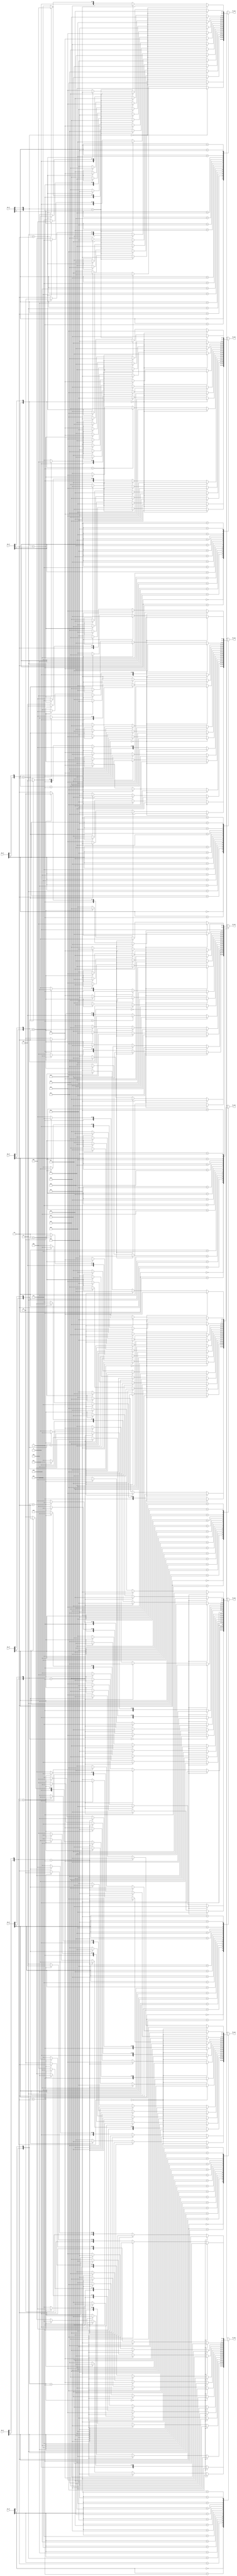
module LUT(
input   [5:0] S0_in,
input   [5:0] S1_in,
input   [5:0] S2_in,
input   [5:0] S3_in,
input   [5:0] S4_in,
input   [5:0] S5_in,
input   [5:0] S6_in,
input   [5:0] S7_in,
output  [3:0] S0_out,
output  [3:0] S1_out,
output  [3:0] S2_out,
output  [3:0] S3_out,
output  [3:0] S4_out,
output  [3:0] S5_out,
output  [3:0] S6_out,
output  [3:0] S7_out);

reg     [3:0] S0_out_r;
reg     [3:0] S1_out_r;
reg     [3:0] S2_out_r;
reg     [3:0] S3_out_r;
reg     [3:0] S4_out_r;
reg     [3:0] S5_out_r;
reg     [3:0] S6_out_r;
reg     [3:0] S7_out_r;

assign S0_out = S0_out_r;
assign S1_out = S1_out_r;
assign S2_out = S2_out_r;
assign S3_out = S3_out_r;
assign S4_out = S4_out_r;
assign S5_out = S5_out_r;
assign S6_out = S6_out_r;
assign S7_out = S7_out_r;

always @(*) begin
	case(S0_in[4:1])
		0: begin
			if({S0_in[5] ,S0_in[0]} == 2'b00) begin
				S0_out_r = 14;
			end
			else if({S0_in[5] ,S0_in[0]} == 2'b01) begin
				S0_out_r = 0;
			end
			else if({S0_in[5] ,S0_in[0]} == 2'b10) begin
				S0_out_r = 4;
			end
			else begin
				S0_out_r = 15;
			end
		end
		1: begin
			if({S0_in[5] ,S0_in[0]} == 2'b00) begin
				S0_out_r = 4;
			end
			else if({S0_in[5] ,S0_in[0]} == 2'b01) begin
				S0_out_r = 15;
			end
			else if({S0_in[5] ,S0_in[0]} == 2'b10) begin
				S0_out_r = 1;
			end
			else begin
				S0_out_r = 12;
			end
		end
		2: begin
			if({S0_in[5] ,S0_in[0]} == 2'b00) begin
				S0_out_r = 13;
			end
			else if({S0_in[5] ,S0_in[0]} == 2'b01) begin
				S0_out_r = 7;
			end
			else if({S0_in[5] ,S0_in[0]} == 2'b10) begin
				S0_out_r = 14;
			end
			else begin
				S0_out_r = 8;
			end
		end
		3: begin
			if({S0_in[5] ,S0_in[0]} == 2'b00) begin
				S0_out_r = 1;
			end
			else if({S0_in[5] ,S0_in[0]} == 2'b01) begin
				S0_out_r = 4;
			end
			else if({S0_in[5] ,S0_in[0]} == 2'b10) begin
				S0_out_r = 8;
			end
			else begin
				S0_out_r = 2;
			end
		end
		4: begin
			if({S0_in[5] ,S0_in[0]} == 2'b00) begin
				S0_out_r = 2;
			end
			else if({S0_in[5] ,S0_in[0]} == 2'b01) begin
				S0_out_r = 14;
			end
			else if({S0_in[5] ,S0_in[0]} == 2'b10) begin
				S0_out_r = 13;
			end
			else begin
				S0_out_r = 4;
			end
		end
		5: begin
			if({S0_in[5] ,S0_in[0]} == 2'b00) begin
				S0_out_r = 15;
			end
			else if({S0_in[5] ,S0_in[0]} == 2'b01) begin
				S0_out_r = 2;
			end
			else if({S0_in[5] ,S0_in[0]} == 2'b10) begin
				S0_out_r = 6;
			end
			else begin
				S0_out_r = 9;
			end
		end
		6: begin
			if({S0_in[5] ,S0_in[0]} == 2'b00) begin
				S0_out_r = 11;
			end
			else if({S0_in[5] ,S0_in[0]} == 2'b01) begin
				S0_out_r = 13;
			end
			else if({S0_in[5] ,S0_in[0]} == 2'b10) begin
				S0_out_r = 2;
			end
			else begin
				S0_out_r = 1;
			end
		end
		7: begin
			if({S0_in[5] ,S0_in[0]} == 2'b00) begin
				S0_out_r = 8;
			end
			else if({S0_in[5] ,S0_in[0]} == 2'b01) begin
				S0_out_r = 1;
			end
			else if({S0_in[5] ,S0_in[0]} == 2'b10) begin
				S0_out_r = 11;
			end
			else begin
				S0_out_r = 7;
			end
		end
		8: begin
			if({S0_in[5] ,S0_in[0]} == 2'b00) begin
				S0_out_r = 3;
			end
			else if({S0_in[5] ,S0_in[0]} == 2'b01) begin
				S0_out_r = 10;
			end
			else if({S0_in[5] ,S0_in[0]} == 2'b10) begin
				S0_out_r = 15;
			end
			else begin
				S0_out_r = 5;
			end
		end
		9: begin
			if({S0_in[5] ,S0_in[0]} == 2'b00) begin
				S0_out_r = 10;
			end
			else if({S0_in[5] ,S0_in[0]} == 2'b01) begin
				S0_out_r = 6;
			end
			else if({S0_in[5] ,S0_in[0]} == 2'b10) begin
				S0_out_r = 12;
			end
			else begin
				S0_out_r = 11;
			end
		end
		10: begin
			if({S0_in[5] ,S0_in[0]} == 2'b00) begin
				S0_out_r = 6;
			end
			else if({S0_in[5] ,S0_in[0]} == 2'b01) begin
				S0_out_r = 12;
			end
			else if({S0_in[5] ,S0_in[0]} == 2'b10) begin
				S0_out_r = 9;
			end
			else begin
				S0_out_r = 3;
			end
		end
		11: begin
			if({S0_in[5] ,S0_in[0]} == 2'b00) begin
				S0_out_r = 12;
			end
			else if({S0_in[5] ,S0_in[0]} == 2'b01) begin
				S0_out_r = 11;
			end
			else if({S0_in[5] ,S0_in[0]} == 2'b10) begin
				S0_out_r = 7;
			end
			else begin
				S0_out_r = 14;
			end
		end
		12: begin
			if({S0_in[5] ,S0_in[0]} == 2'b00) begin
				S0_out_r = 5;
			end
			else if({S0_in[5] ,S0_in[0]} == 2'b01) begin
				S0_out_r = 9;
			end
			else if({S0_in[5] ,S0_in[0]} == 2'b10) begin
				S0_out_r = 3;
			end
			else begin
				S0_out_r = 10;
			end
		end
		13: begin
			if({S0_in[5] ,S0_in[0]} == 2'b00) begin
				S0_out_r = 9;
			end
			else if({S0_in[5] ,S0_in[0]} == 2'b01) begin
				S0_out_r = 5;
			end
			else if({S0_in[5] ,S0_in[0]} == 2'b10) begin
				S0_out_r = 10;
			end
			else begin
				S0_out_r = 0;
			end
		end
		14: begin
			if({S0_in[5] ,S0_in[0]} == 2'b00) begin
				S0_out_r = 0;
			end
			else if({S0_in[5] ,S0_in[0]} == 2'b01) begin
				S0_out_r = 3;
			end
			else if({S0_in[5] ,S0_in[0]} == 2'b10) begin
				S0_out_r = 5;
			end
			else begin
				S0_out_r = 6;
			end
		end
		15: begin
			if({S0_in[5] ,S0_in[0]} == 2'b00) begin
				S0_out_r = 7;
			end
			else if({S0_in[5] ,S0_in[0]} == 2'b01) begin
				S0_out_r = 8;
			end
			else if({S0_in[5] ,S0_in[0]} == 2'b10) begin
				S0_out_r = 0;
			end
			else begin
				S0_out_r = 13;
			end
		end
		default: begin
			S0_out_r = 0;
		end
	endcase
end

always @(*) begin
	case(S1_in[4:1])
		0: begin
			if({S1_in[5] ,S1_in[0]} == 2'b00) begin
				S1_out_r = 15;
			end
			else if({S1_in[5] ,S1_in[0]} == 2'b01) begin
				S1_out_r = 3;
			end
			else if({S1_in[5] ,S1_in[0]} == 2'b10) begin
				S1_out_r = 0;
			end
			else begin
				S1_out_r = 13;
			end
		end
		1: begin
			if({S1_in[5] ,S1_in[0]} == 2'b00) begin
				S1_out_r = 1;
			end
			else if({S1_in[5] ,S1_in[0]} == 2'b01) begin
				S1_out_r = 13;
			end
			else if({S1_in[5] ,S1_in[0]} == 2'b10) begin
				S1_out_r = 14;
			end
			else begin
				S1_out_r = 8;
			end
		end
		2: begin
			if({S1_in[5] ,S1_in[0]} == 2'b00) begin
				S1_out_r = 8;
			end
			else if({S1_in[5] ,S1_in[0]} == 2'b01) begin
				S1_out_r = 4;
			end
			else if({S1_in[5] ,S1_in[0]} == 2'b10) begin
				S1_out_r = 7;
			end
			else begin
				S1_out_r = 10;
			end
		end
		3: begin
			if({S1_in[5] ,S1_in[0]} == 2'b00) begin
				S1_out_r = 14;
			end
			else if({S1_in[5] ,S1_in[0]} == 2'b01) begin
				S1_out_r = 7;
			end
			else if({S1_in[5] ,S1_in[0]} == 2'b10) begin
				S1_out_r = 11;
			end
			else begin
				S1_out_r = 1;
			end
		end
		4: begin
			if({S1_in[5] ,S1_in[0]} == 2'b00) begin
				S1_out_r = 6;
			end
			else if({S1_in[5] ,S1_in[0]} == 2'b01) begin
				S1_out_r = 15;
			end
			else if({S1_in[5] ,S1_in[0]} == 2'b10) begin
				S1_out_r = 10;
			end
			else begin
				S1_out_r = 3;
			end
		end
		5: begin
			if({S1_in[5] ,S1_in[0]} == 2'b00) begin
				S1_out_r = 11;
			end
			else if({S1_in[5] ,S1_in[0]} == 2'b01) begin
				S1_out_r = 2;
			end
			else if({S1_in[5] ,S1_in[0]} == 2'b10) begin
				S1_out_r = 4;
			end
			else begin
				S1_out_r = 15;
			end
		end
		6: begin
			if({S1_in[5] ,S1_in[0]} == 2'b00) begin
				S1_out_r = 3;
			end
			else if({S1_in[5] ,S1_in[0]} == 2'b01) begin
				S1_out_r = 8;
			end
			else if({S1_in[5] ,S1_in[0]} == 2'b10) begin
				S1_out_r = 13;
			end
			else begin
				S1_out_r = 4;
			end
		end
		7: begin
			if({S1_in[5] ,S1_in[0]} == 2'b00) begin
				S1_out_r = 4;
			end
			else if({S1_in[5] ,S1_in[0]} == 2'b01) begin
				S1_out_r = 14;
			end
			else if({S1_in[5] ,S1_in[0]} == 2'b10) begin
				S1_out_r = 1;
			end
			else begin
				S1_out_r = 2;
			end
		end
		8: begin
			if({S1_in[5] ,S1_in[0]} == 2'b00) begin
				S1_out_r = 9;
			end
			else if({S1_in[5] ,S1_in[0]} == 2'b01) begin
				S1_out_r = 12;
			end
			else if({S1_in[5] ,S1_in[0]} == 2'b10) begin
				S1_out_r = 5;
			end
			else begin
				S1_out_r = 11;
			end
		end
		9: begin
			if({S1_in[5] ,S1_in[0]} == 2'b00) begin
				S1_out_r = 7;
			end
			else if({S1_in[5] ,S1_in[0]} == 2'b01) begin
				S1_out_r = 0;
			end
			else if({S1_in[5] ,S1_in[0]} == 2'b10) begin
				S1_out_r = 8;
			end
			else begin
				S1_out_r = 6;
			end
		end
		10: begin
			if({S1_in[5] ,S1_in[0]} == 2'b00) begin
				S1_out_r = 2;
			end
			else if({S1_in[5] ,S1_in[0]} == 2'b01) begin
				S1_out_r = 1;
			end
			else if({S1_in[5] ,S1_in[0]} == 2'b10) begin
				S1_out_r = 12;
			end
			else begin
				S1_out_r = 7;
			end
		end
		11: begin
			if({S1_in[5] ,S1_in[0]} == 2'b00) begin
				S1_out_r = 13;
			end
			else if({S1_in[5] ,S1_in[0]} == 2'b01) begin
				S1_out_r = 10;
			end
			else if({S1_in[5] ,S1_in[0]} == 2'b10) begin
				S1_out_r = 6;
			end
			else begin
				S1_out_r = 12;
			end
		end
		12: begin
			if({S1_in[5] ,S1_in[0]} == 2'b00) begin
				S1_out_r = 12;
			end
			else if({S1_in[5] ,S1_in[0]} == 2'b01) begin
				S1_out_r = 6;
			end
			else if({S1_in[5] ,S1_in[0]} == 2'b10) begin
				S1_out_r = 9;
			end
			else begin
				S1_out_r = 0;
			end
		end
		13: begin
			if({S1_in[5] ,S1_in[0]} == 2'b00) begin
				S1_out_r = 0;
			end
			else if({S1_in[5] ,S1_in[0]} == 2'b01) begin
				S1_out_r = 9;
			end
			else if({S1_in[5] ,S1_in[0]} == 2'b10) begin
				S1_out_r = 3;
			end
			else begin
				S1_out_r = 5;
			end
		end
		14: begin
			if({S1_in[5] ,S1_in[0]} == 2'b00) begin
				S1_out_r = 5;
			end
			else if({S1_in[5] ,S1_in[0]} == 2'b01) begin
				S1_out_r = 11;
			end
			else if({S1_in[5] ,S1_in[0]} == 2'b10) begin
				S1_out_r = 2;
			end
			else begin
				S1_out_r = 14;
			end
		end
		15: begin
			if({S1_in[5] ,S1_in[0]} == 2'b00) begin
				S1_out_r = 10;
			end
			else if({S1_in[5] ,S1_in[0]} == 2'b01) begin
				S1_out_r = 5;
			end
			else if({S1_in[5] ,S1_in[0]} == 2'b10) begin
				S1_out_r = 15;
			end
			else begin
				S1_out_r = 9;
			end
		end
		default: begin
			S1_out_r = 0;
		end
	endcase
end

always @(*) begin
	case(S2_in[4:1])
		0: begin
			if({S2_in[5] ,S2_in[0]} == 2'b00) begin
				S2_out_r = 10;
			end
			else if({S2_in[5] ,S2_in[0]} == 2'b01) begin
				S2_out_r = 13;
			end
			else if({S2_in[5] ,S2_in[0]} == 2'b10) begin
				S2_out_r = 13;
			end
			else begin
				S2_out_r = 1;
			end
		end
		1: begin
			if({S2_in[5] ,S2_in[0]} == 2'b00) begin
				S2_out_r = 0;
			end
			else if({S2_in[5] ,S2_in[0]} == 2'b01) begin
				S2_out_r = 7;
			end
			else if({S2_in[5] ,S2_in[0]} == 2'b10) begin
				S2_out_r = 6;
			end
			else begin
				S2_out_r = 10;
			end
		end
		2: begin
			if({S2_in[5] ,S2_in[0]} == 2'b00) begin
				S2_out_r = 9;
			end
			else if({S2_in[5] ,S2_in[0]} == 2'b01) begin
				S2_out_r = 0;
			end
			else if({S2_in[5] ,S2_in[0]} == 2'b10) begin
				S2_out_r = 4;
			end
			else begin
				S2_out_r = 13;
			end
		end
		3: begin
			if({S2_in[5] ,S2_in[0]} == 2'b00) begin
				S2_out_r = 14;
			end
			else if({S2_in[5] ,S2_in[0]} == 2'b01) begin
				S2_out_r = 9;
			end
			else if({S2_in[5] ,S2_in[0]} == 2'b10) begin
				S2_out_r = 9;
			end
			else begin
				S2_out_r = 0;
			end
		end
		4: begin
			if({S2_in[5] ,S2_in[0]} == 2'b00) begin
				S2_out_r = 6;
			end
			else if({S2_in[5] ,S2_in[0]} == 2'b01) begin
				S2_out_r = 3;
			end
			else if({S2_in[5] ,S2_in[0]} == 2'b10) begin
				S2_out_r = 8;
			end
			else begin
				S2_out_r = 6;
			end
		end
		5: begin
			if({S2_in[5] ,S2_in[0]} == 2'b00) begin
				S2_out_r = 3;
			end
			else if({S2_in[5] ,S2_in[0]} == 2'b01) begin
				S2_out_r = 4;
			end
			else if({S2_in[5] ,S2_in[0]} == 2'b10) begin
				S2_out_r = 15;
			end
			else begin
				S2_out_r = 9;
			end
		end
		6: begin
			if({S2_in[5] ,S2_in[0]} == 2'b00) begin
				S2_out_r = 15;
			end
			else if({S2_in[5] ,S2_in[0]} == 2'b01) begin
				S2_out_r = 6;
			end
			else if({S2_in[5] ,S2_in[0]} == 2'b10) begin
				S2_out_r = 3;
			end
			else begin
				S2_out_r = 8;
			end
		end
		7: begin
			if({S2_in[5] ,S2_in[0]} == 2'b00) begin
				S2_out_r = 5;
			end
			else if({S2_in[5] ,S2_in[0]} == 2'b01) begin
				S2_out_r = 10;
			end
			else if({S2_in[5] ,S2_in[0]} == 2'b10) begin
				S2_out_r = 0;
			end
			else begin
				S2_out_r = 7;
			end
		end
		8: begin
			if({S2_in[5] ,S2_in[0]} == 2'b00) begin
				S2_out_r = 1;
			end
			else if({S2_in[5] ,S2_in[0]} == 2'b01) begin
				S2_out_r = 2;
			end
			else if({S2_in[5] ,S2_in[0]} == 2'b10) begin
				S2_out_r = 11;
			end
			else begin
				S2_out_r = 4;
			end
		end
		9: begin
			if({S2_in[5] ,S2_in[0]} == 2'b00) begin
				S2_out_r = 13;
			end
			else if({S2_in[5] ,S2_in[0]} == 2'b01) begin
				S2_out_r = 8;
			end
			else if({S2_in[5] ,S2_in[0]} == 2'b10) begin
				S2_out_r = 1;
			end
			else begin
				S2_out_r = 15;
			end
		end
		10: begin
			if({S2_in[5] ,S2_in[0]} == 2'b00) begin
				S2_out_r = 12;
			end
			else if({S2_in[5] ,S2_in[0]} == 2'b01) begin
				S2_out_r = 5;
			end
			else if({S2_in[5] ,S2_in[0]} == 2'b10) begin
				S2_out_r = 2;
			end
			else begin
				S2_out_r = 14;
			end
		end
		11: begin
			if({S2_in[5] ,S2_in[0]} == 2'b00) begin
				S2_out_r = 7;
			end
			else if({S2_in[5] ,S2_in[0]} == 2'b01) begin
				S2_out_r = 14;
			end
			else if({S2_in[5] ,S2_in[0]} == 2'b10) begin
				S2_out_r = 12;
			end
			else begin
				S2_out_r = 3;
			end
		end
		12: begin
			if({S2_in[5] ,S2_in[0]} == 2'b00) begin
				S2_out_r = 11;
			end
			else if({S2_in[5] ,S2_in[0]} == 2'b01) begin
				S2_out_r = 12;
			end
			else if({S2_in[5] ,S2_in[0]} == 2'b10) begin
				S2_out_r = 5;
			end
			else begin
				S2_out_r = 11;
			end
		end
		13: begin
			if({S2_in[5] ,S2_in[0]} == 2'b00) begin
				S2_out_r = 4;
			end
			else if({S2_in[5] ,S2_in[0]} == 2'b01) begin
				S2_out_r = 11;
			end
			else if({S2_in[5] ,S2_in[0]} == 2'b10) begin
				S2_out_r = 10;
			end
			else begin
				S2_out_r = 5;
			end
		end
		14: begin
			if({S2_in[5] ,S2_in[0]} == 2'b00) begin
				S2_out_r = 2;
			end
			else if({S2_in[5] ,S2_in[0]} == 2'b01) begin
				S2_out_r = 15;
			end
			else if({S2_in[5] ,S2_in[0]} == 2'b10) begin
				S2_out_r = 14;
			end
			else begin
				S2_out_r = 2;
			end
		end
		15: begin
			if({S2_in[5] ,S2_in[0]} == 2'b00) begin
				S2_out_r = 8;
			end
			else if({S2_in[5] ,S2_in[0]} == 2'b01) begin
				S2_out_r = 1;
			end
			else if({S2_in[5] ,S2_in[0]} == 2'b10) begin
				S2_out_r = 7;
			end
			else begin
				S2_out_r = 12;
			end
		end
		default: begin
			S2_out_r = 0;
		end
	endcase
end

always @(*) begin
	case(S3_in[4:1])
		0: begin
			if({S3_in[5] ,S3_in[0]} == 2'b00) begin
				S3_out_r = 7;
			end
			else if({S3_in[5] ,S3_in[0]} == 2'b01) begin
				S3_out_r = 13;
			end
			else if({S3_in[5] ,S3_in[0]} == 2'b10) begin
				S3_out_r = 10;
			end
			else begin
				S3_out_r = 3;
			end
		end
		1: begin
			if({S3_in[5] ,S3_in[0]} == 2'b00) begin
				S3_out_r = 13;
			end
			else if({S3_in[5] ,S3_in[0]} == 2'b01) begin
				S3_out_r = 8;
			end
			else if({S3_in[5] ,S3_in[0]} == 2'b10) begin
				S3_out_r = 6;
			end
			else begin
				S3_out_r = 15;
			end
		end
		2: begin
			if({S3_in[5] ,S3_in[0]} == 2'b00) begin
				S3_out_r = 14;
			end
			else if({S3_in[5] ,S3_in[0]} == 2'b01) begin
				S3_out_r = 11;
			end
			else if({S3_in[5] ,S3_in[0]} == 2'b10) begin
				S3_out_r = 9;
			end
			else begin
				S3_out_r = 0;
			end
		end
		3: begin
			if({S3_in[5] ,S3_in[0]} == 2'b00) begin
				S3_out_r = 3;
			end
			else if({S3_in[5] ,S3_in[0]} == 2'b01) begin
				S3_out_r = 5;
			end
			else if({S3_in[5] ,S3_in[0]} == 2'b10) begin
				S3_out_r = 0;
			end
			else begin
				S3_out_r = 6;
			end
		end
		4: begin
			if({S3_in[5] ,S3_in[0]} == 2'b00) begin
				S3_out_r = 0;
			end
			else if({S3_in[5] ,S3_in[0]} == 2'b01) begin
				S3_out_r = 6;
			end
			else if({S3_in[5] ,S3_in[0]} == 2'b10) begin
				S3_out_r = 12;
			end
			else begin
				S3_out_r = 10;
			end
		end
		5: begin
			if({S3_in[5] ,S3_in[0]} == 2'b00) begin
				S3_out_r = 6;
			end
			else if({S3_in[5] ,S3_in[0]} == 2'b01) begin
				S3_out_r = 15;
			end
			else if({S3_in[5] ,S3_in[0]} == 2'b10) begin
				S3_out_r = 11;
			end
			else begin
				S3_out_r = 1;
			end
		end
		6: begin
			if({S3_in[5] ,S3_in[0]} == 2'b00) begin
				S3_out_r = 9;
			end
			else if({S3_in[5] ,S3_in[0]} == 2'b01) begin
				S3_out_r = 0;
			end
			else if({S3_in[5] ,S3_in[0]} == 2'b10) begin
				S3_out_r = 7;
			end
			else begin
				S3_out_r = 13;
			end
		end
		7: begin
			if({S3_in[5] ,S3_in[0]} == 2'b00) begin
				S3_out_r = 10;
			end
			else if({S3_in[5] ,S3_in[0]} == 2'b01) begin
				S3_out_r = 3;
			end
			else if({S3_in[5] ,S3_in[0]} == 2'b10) begin
				S3_out_r = 13;
			end
			else begin
				S3_out_r = 8;
			end
		end
		8: begin
			if({S3_in[5] ,S3_in[0]} == 2'b00) begin
				S3_out_r = 1;
			end
			else if({S3_in[5] ,S3_in[0]} == 2'b01) begin
				S3_out_r = 4;
			end
			else if({S3_in[5] ,S3_in[0]} == 2'b10) begin
				S3_out_r = 15;
			end
			else begin
				S3_out_r = 9;
			end
		end
		9: begin
			if({S3_in[5] ,S3_in[0]} == 2'b00) begin
				S3_out_r = 2;
			end
			else if({S3_in[5] ,S3_in[0]} == 2'b01) begin
				S3_out_r = 7;
			end
			else if({S3_in[5] ,S3_in[0]} == 2'b10) begin
				S3_out_r = 1;
			end
			else begin
				S3_out_r = 4;
			end
		end
		10: begin
			if({S3_in[5] ,S3_in[0]} == 2'b00) begin
				S3_out_r = 8;
			end
			else if({S3_in[5] ,S3_in[0]} == 2'b01) begin
				S3_out_r = 2;
			end
			else if({S3_in[5] ,S3_in[0]} == 2'b10) begin
				S3_out_r = 3;
			end
			else begin
				S3_out_r = 5;
			end
		end
		11: begin
			if({S3_in[5] ,S3_in[0]} == 2'b00) begin
				S3_out_r = 5;
			end
			else if({S3_in[5] ,S3_in[0]} == 2'b01) begin
				S3_out_r = 12;
			end
			else if({S3_in[5] ,S3_in[0]} == 2'b10) begin
				S3_out_r = 14;
			end
			else begin
				S3_out_r = 11;
			end
		end
		12: begin
			if({S3_in[5] ,S3_in[0]} == 2'b00) begin
				S3_out_r = 11;
			end
			else if({S3_in[5] ,S3_in[0]} == 2'b01) begin
				S3_out_r = 1;
			end
			else if({S3_in[5] ,S3_in[0]} == 2'b10) begin
				S3_out_r = 5;
			end
			else begin
				S3_out_r = 12;
			end
		end
		13: begin
			if({S3_in[5] ,S3_in[0]} == 2'b00) begin
				S3_out_r = 12;
			end
			else if({S3_in[5] ,S3_in[0]} == 2'b01) begin
				S3_out_r = 10;
			end
			else if({S3_in[5] ,S3_in[0]} == 2'b10) begin
				S3_out_r = 2;
			end
			else begin
				S3_out_r = 7;
			end
		end
		14: begin
			if({S3_in[5] ,S3_in[0]} == 2'b00) begin
				S3_out_r = 4;
			end
			else if({S3_in[5] ,S3_in[0]} == 2'b01) begin
				S3_out_r = 14;
			end
			else if({S3_in[5] ,S3_in[0]} == 2'b10) begin
				S3_out_r = 8;
			end
			else begin
				S3_out_r = 2;
			end
		end
		15: begin
			if({S3_in[5] ,S3_in[0]} == 2'b00) begin
				S3_out_r = 15;
			end
			else if({S3_in[5] ,S3_in[0]} == 2'b01) begin
				S3_out_r = 9;
			end
			else if({S3_in[5] ,S3_in[0]} == 2'b10) begin
				S3_out_r = 4;
			end
			else begin
				S3_out_r = 14;
			end
		end
		default: begin
			S3_out_r = 0;
		end
	endcase
end

always @(*) begin
	case(S4_in[4:1])
		0: begin
			if({S4_in[5] ,S4_in[0]} == 2'b00) begin
				S4_out_r = 2;
			end
			else if({S4_in[5] ,S4_in[0]} == 2'b01) begin
				S4_out_r = 14;
			end
			else if({S4_in[5] ,S4_in[0]} == 2'b10) begin
				S4_out_r = 4;
			end
			else begin
				S4_out_r = 11;
			end
		end
		1: begin
			if({S4_in[5] ,S4_in[0]} == 2'b00) begin
				S4_out_r = 12;
			end
			else if({S4_in[5] ,S4_in[0]} == 2'b01) begin
				S4_out_r = 11;
			end
			else if({S4_in[5] ,S4_in[0]} == 2'b10) begin
				S4_out_r = 2;
			end
			else begin
				S4_out_r = 8;
			end
		end
		2: begin
			if({S4_in[5] ,S4_in[0]} == 2'b00) begin
				S4_out_r = 4;
			end
			else if({S4_in[5] ,S4_in[0]} == 2'b01) begin
				S4_out_r = 2;
			end
			else if({S4_in[5] ,S4_in[0]} == 2'b10) begin
				S4_out_r = 1;
			end
			else begin
				S4_out_r = 12;
			end
		end
		3: begin
			if({S4_in[5] ,S4_in[0]} == 2'b00) begin
				S4_out_r = 1;
			end
			else if({S4_in[5] ,S4_in[0]} == 2'b01) begin
				S4_out_r = 12;
			end
			else if({S4_in[5] ,S4_in[0]} == 2'b10) begin
				S4_out_r = 11;
			end
			else begin
				S4_out_r = 7;
			end
		end
		4: begin
			if({S4_in[5] ,S4_in[0]} == 2'b00) begin
				S4_out_r = 7;
			end
			else if({S4_in[5] ,S4_in[0]} == 2'b01) begin
				S4_out_r = 4;
			end
			else if({S4_in[5] ,S4_in[0]} == 2'b10) begin
				S4_out_r = 10;
			end
			else begin
				S4_out_r = 1;
			end
		end
		5: begin
			if({S4_in[5] ,S4_in[0]} == 2'b00) begin
				S4_out_r = 10;
			end
			else if({S4_in[5] ,S4_in[0]} == 2'b01) begin
				S4_out_r = 7;
			end
			else if({S4_in[5] ,S4_in[0]} == 2'b10) begin
				S4_out_r = 13;
			end
			else begin
				S4_out_r = 14;
			end
		end
		6: begin
			if({S4_in[5] ,S4_in[0]} == 2'b00) begin
				S4_out_r = 11;
			end
			else if({S4_in[5] ,S4_in[0]} == 2'b01) begin
				S4_out_r = 13;
			end
			else if({S4_in[5] ,S4_in[0]} == 2'b10) begin
				S4_out_r = 7;
			end
			else begin
				S4_out_r = 2;
			end
		end
		7: begin
			if({S4_in[5] ,S4_in[0]} == 2'b00) begin
				S4_out_r = 6;
			end
			else if({S4_in[5] ,S4_in[0]} == 2'b01) begin
				S4_out_r = 1;
			end
			else if({S4_in[5] ,S4_in[0]} == 2'b10) begin
				S4_out_r = 8;
			end
			else begin
				S4_out_r = 13;
			end
		end
		8: begin
			if({S4_in[5] ,S4_in[0]} == 2'b00) begin
				S4_out_r = 8;
			end
			else if({S4_in[5] ,S4_in[0]} == 2'b01) begin
				S4_out_r = 5;
			end
			else if({S4_in[5] ,S4_in[0]} == 2'b10) begin
				S4_out_r = 15;
			end
			else begin
				S4_out_r = 6;
			end
		end
		9: begin
			if({S4_in[5] ,S4_in[0]} == 2'b00) begin
				S4_out_r = 5;
			end
			else if({S4_in[5] ,S4_in[0]} == 2'b01) begin
				S4_out_r = 0;
			end
			else if({S4_in[5] ,S4_in[0]} == 2'b10) begin
				S4_out_r = 9;
			end
			else begin
				S4_out_r = 15;
			end
		end
		10: begin
			if({S4_in[5] ,S4_in[0]} == 2'b00) begin
				S4_out_r = 3;
			end
			else if({S4_in[5] ,S4_in[0]} == 2'b01) begin
				S4_out_r = 15;
			end
			else if({S4_in[5] ,S4_in[0]} == 2'b10) begin
				S4_out_r = 12;
			end
			else begin
				S4_out_r = 0;
			end
		end
		11: begin
			if({S4_in[5] ,S4_in[0]} == 2'b00) begin
				S4_out_r = 15;
			end
			else if({S4_in[5] ,S4_in[0]} == 2'b01) begin
				S4_out_r = 10;
			end
			else if({S4_in[5] ,S4_in[0]} == 2'b10) begin
				S4_out_r = 5;
			end
			else begin
				S4_out_r = 9;
			end
		end
		12: begin
			if({S4_in[5] ,S4_in[0]} == 2'b00) begin
				S4_out_r = 13;
			end
			else if({S4_in[5] ,S4_in[0]} == 2'b01) begin
				S4_out_r = 3;
			end
			else if({S4_in[5] ,S4_in[0]} == 2'b10) begin
				S4_out_r = 6;
			end
			else begin
				S4_out_r = 10;
			end
		end
		13: begin
			if({S4_in[5] ,S4_in[0]} == 2'b00) begin
				S4_out_r = 0;
			end
			else if({S4_in[5] ,S4_in[0]} == 2'b01) begin
				S4_out_r = 9;
			end
			else if({S4_in[5] ,S4_in[0]} == 2'b10) begin
				S4_out_r = 3;
			end
			else begin
				S4_out_r = 4;
			end
		end
		14: begin
			if({S4_in[5] ,S4_in[0]} == 2'b00) begin
				S4_out_r = 14;
			end
			else if({S4_in[5] ,S4_in[0]} == 2'b01) begin
				S4_out_r = 8;
			end
			else if({S4_in[5] ,S4_in[0]} == 2'b10) begin
				S4_out_r = 0;
			end
			else begin
				S4_out_r = 5;
			end
		end
		15: begin
			if({S4_in[5] ,S4_in[0]} == 2'b00) begin
				S4_out_r = 9;
			end
			else if({S4_in[5] ,S4_in[0]} == 2'b01) begin
				S4_out_r = 6;
			end
			else if({S4_in[5] ,S4_in[0]} == 2'b10) begin
				S4_out_r = 14;
			end
			else begin
				S4_out_r = 3;
			end
		end
		default: begin
			S4_out_r = 0;
		end
	endcase
end

always @(*) begin
	case(S5_in[4:1])
		0: begin
			if({S5_in[5] ,S5_in[0]} == 2'b00) begin
				S5_out_r = 12;
			end
			else if({S5_in[5] ,S5_in[0]} == 2'b01) begin
				S5_out_r = 10;
			end
			else if({S5_in[5] ,S5_in[0]} == 2'b10) begin
				S5_out_r = 9;
			end
			else begin
				S5_out_r = 4;
			end
		end
		1: begin
			if({S5_in[5] ,S5_in[0]} == 2'b00) begin
				S5_out_r = 1;
			end
			else if({S5_in[5] ,S5_in[0]} == 2'b01) begin
				S5_out_r = 15;
			end
			else if({S5_in[5] ,S5_in[0]} == 2'b10) begin
				S5_out_r = 14;
			end
			else begin
				S5_out_r = 3;
			end
		end
		2: begin
			if({S5_in[5] ,S5_in[0]} == 2'b00) begin
				S5_out_r = 10;
			end
			else if({S5_in[5] ,S5_in[0]} == 2'b01) begin
				S5_out_r = 4;
			end
			else if({S5_in[5] ,S5_in[0]} == 2'b10) begin
				S5_out_r = 15;
			end
			else begin
				S5_out_r = 2;
			end
		end
		3: begin
			if({S5_in[5] ,S5_in[0]} == 2'b00) begin
				S5_out_r = 15;
			end
			else if({S5_in[5] ,S5_in[0]} == 2'b01) begin
				S5_out_r = 2;
			end
			else if({S5_in[5] ,S5_in[0]} == 2'b10) begin
				S5_out_r = 5;
			end
			else begin
				S5_out_r = 12;
			end
		end
		4: begin
			if({S5_in[5] ,S5_in[0]} == 2'b00) begin
				S5_out_r = 9;
			end
			else if({S5_in[5] ,S5_in[0]} == 2'b01) begin
				S5_out_r = 7;
			end
			else if({S5_in[5] ,S5_in[0]} == 2'b10) begin
				S5_out_r = 2;
			end
			else begin
				S5_out_r = 9;
			end
		end
		5: begin
			if({S5_in[5] ,S5_in[0]} == 2'b00) begin
				S5_out_r = 2;
			end
			else if({S5_in[5] ,S5_in[0]} == 2'b01) begin
				S5_out_r = 12;
			end
			else if({S5_in[5] ,S5_in[0]} == 2'b10) begin
				S5_out_r = 8;
			end
			else begin
				S5_out_r = 5;
			end
		end
		6: begin
			if({S5_in[5] ,S5_in[0]} == 2'b00) begin
				S5_out_r = 6;
			end
			else if({S5_in[5] ,S5_in[0]} == 2'b01) begin
				S5_out_r = 9;
			end
			else if({S5_in[5] ,S5_in[0]} == 2'b10) begin
				S5_out_r = 12;
			end
			else begin
				S5_out_r = 15;
			end
		end
		7: begin
			if({S5_in[5] ,S5_in[0]} == 2'b00) begin
				S5_out_r = 8;
			end
			else if({S5_in[5] ,S5_in[0]} == 2'b01) begin
				S5_out_r = 5;
			end
			else if({S5_in[5] ,S5_in[0]} == 2'b10) begin
				S5_out_r = 3;
			end
			else begin
				S5_out_r = 10;
			end
		end
		8: begin
			if({S5_in[5] ,S5_in[0]} == 2'b00) begin
				S5_out_r = 0;
			end
			else if({S5_in[5] ,S5_in[0]} == 2'b01) begin
				S5_out_r = 6;
			end
			else if({S5_in[5] ,S5_in[0]} == 2'b10) begin
				S5_out_r = 7;
			end
			else begin
				S5_out_r = 11;
			end
		end
		9: begin
			if({S5_in[5] ,S5_in[0]} == 2'b00) begin
				S5_out_r = 13;
			end
			else if({S5_in[5] ,S5_in[0]} == 2'b01) begin
				S5_out_r = 1;
			end
			else if({S5_in[5] ,S5_in[0]} == 2'b10) begin
				S5_out_r = 0;
			end
			else begin
				S5_out_r = 14;
			end
		end
		10: begin
			if({S5_in[5] ,S5_in[0]} == 2'b00) begin
				S5_out_r = 3;
			end
			else if({S5_in[5] ,S5_in[0]} == 2'b01) begin
				S5_out_r = 13;
			end
			else if({S5_in[5] ,S5_in[0]} == 2'b10) begin
				S5_out_r = 4;
			end
			else begin
				S5_out_r = 1;
			end
		end
		11: begin
			if({S5_in[5] ,S5_in[0]} == 2'b00) begin
				S5_out_r = 4;
			end
			else if({S5_in[5] ,S5_in[0]} == 2'b01) begin
				S5_out_r = 14;
			end
			else if({S5_in[5] ,S5_in[0]} == 2'b10) begin
				S5_out_r = 10;
			end
			else begin
				S5_out_r = 7;
			end
		end
		12: begin
			if({S5_in[5] ,S5_in[0]} == 2'b00) begin
				S5_out_r = 14;
			end
			else if({S5_in[5] ,S5_in[0]} == 2'b01) begin
				S5_out_r = 0;
			end
			else if({S5_in[5] ,S5_in[0]} == 2'b10) begin
				S5_out_r = 1;
			end
			else begin
				S5_out_r = 6;
			end
		end
		13: begin
			if({S5_in[5] ,S5_in[0]} == 2'b00) begin
				S5_out_r = 7;
			end
			else if({S5_in[5] ,S5_in[0]} == 2'b01) begin
				S5_out_r = 11;
			end
			else if({S5_in[5] ,S5_in[0]} == 2'b10) begin
				S5_out_r = 13;
			end
			else begin
				S5_out_r = 0;
			end
		end
		14: begin
			if({S5_in[5] ,S5_in[0]} == 2'b00) begin
				S5_out_r = 5;
			end
			else if({S5_in[5] ,S5_in[0]} == 2'b01) begin
				S5_out_r = 3;
			end
			else if({S5_in[5] ,S5_in[0]} == 2'b10) begin
				S5_out_r = 11;
			end
			else begin
				S5_out_r = 8;
			end
		end
		15: begin
			if({S5_in[5] ,S5_in[0]} == 2'b00) begin
				S5_out_r = 11;
			end
			else if({S5_in[5] ,S5_in[0]} == 2'b01) begin
				S5_out_r = 8;
			end
			else if({S5_in[5] ,S5_in[0]} == 2'b10) begin
				S5_out_r = 6;
			end
			else begin
				S5_out_r = 13;
			end
		end
		default: begin
			S5_out_r = 0;
		end
	endcase
end

always @(*) begin
	case(S6_in[4:1])
		0: begin
			if({S6_in[5] ,S6_in[0]} == 2'b00) begin
				S6_out_r = 4;
			end
			else if({S6_in[5] ,S6_in[0]} == 2'b01) begin
				S6_out_r = 13;
			end
			else if({S6_in[5] ,S6_in[0]} == 2'b10) begin
				S6_out_r = 1;
			end
			else begin
				S6_out_r = 6;
			end
		end
		1: begin
			if({S6_in[5] ,S6_in[0]} == 2'b00) begin
				S6_out_r = 11;
			end
			else if({S6_in[5] ,S6_in[0]} == 2'b01) begin
				S6_out_r = 0;
			end
			else if({S6_in[5] ,S6_in[0]} == 2'b10) begin
				S6_out_r = 4;
			end
			else begin
				S6_out_r = 11;
			end
		end
		2: begin
			if({S6_in[5] ,S6_in[0]} == 2'b00) begin
				S6_out_r = 2;
			end
			else if({S6_in[5] ,S6_in[0]} == 2'b01) begin
				S6_out_r = 11;
			end
			else if({S6_in[5] ,S6_in[0]} == 2'b10) begin
				S6_out_r = 11;
			end
			else begin
				S6_out_r = 13;
			end
		end
		3: begin
			if({S6_in[5] ,S6_in[0]} == 2'b00) begin
				S6_out_r = 14;
			end
			else if({S6_in[5] ,S6_in[0]} == 2'b01) begin
				S6_out_r = 7;
			end
			else if({S6_in[5] ,S6_in[0]} == 2'b10) begin
				S6_out_r = 13;
			end
			else begin
				S6_out_r = 8;
			end
		end
		4: begin
			if({S6_in[5] ,S6_in[0]} == 2'b00) begin
				S6_out_r = 15;
			end
			else if({S6_in[5] ,S6_in[0]} == 2'b01) begin
				S6_out_r = 4;
			end
			else if({S6_in[5] ,S6_in[0]} == 2'b10) begin
				S6_out_r = 12;
			end
			else begin
				S6_out_r = 1;
			end
		end
		5: begin
			if({S6_in[5] ,S6_in[0]} == 2'b00) begin
				S6_out_r = 0;
			end
			else if({S6_in[5] ,S6_in[0]} == 2'b01) begin
				S6_out_r = 9;
			end
			else if({S6_in[5] ,S6_in[0]} == 2'b10) begin
				S6_out_r = 3;
			end
			else begin
				S6_out_r = 4;
			end
		end
		6: begin
			if({S6_in[5] ,S6_in[0]} == 2'b00) begin
				S6_out_r = 8;
			end
			else if({S6_in[5] ,S6_in[0]} == 2'b01) begin
				S6_out_r = 1;
			end
			else if({S6_in[5] ,S6_in[0]} == 2'b10) begin
				S6_out_r = 7;
			end
			else begin
				S6_out_r = 10;
			end
		end
		7: begin
			if({S6_in[5] ,S6_in[0]} == 2'b00) begin
				S6_out_r = 13;
			end
			else if({S6_in[5] ,S6_in[0]} == 2'b01) begin
				S6_out_r = 10;
			end
			else if({S6_in[5] ,S6_in[0]} == 2'b10) begin
				S6_out_r = 14;
			end
			else begin
				S6_out_r = 7;
			end
		end
		8: begin
			if({S6_in[5] ,S6_in[0]} == 2'b00) begin
				S6_out_r = 3;
			end
			else if({S6_in[5] ,S6_in[0]} == 2'b01) begin
				S6_out_r = 14;
			end
			else if({S6_in[5] ,S6_in[0]} == 2'b10) begin
				S6_out_r = 10;
			end
			else begin
				S6_out_r = 9;
			end
		end
		9: begin
			if({S6_in[5] ,S6_in[0]} == 2'b00) begin
				S6_out_r = 12;
			end
			else if({S6_in[5] ,S6_in[0]} == 2'b01) begin
				S6_out_r = 3;
			end
			else if({S6_in[5] ,S6_in[0]} == 2'b10) begin
				S6_out_r = 15;
			end
			else begin
				S6_out_r = 5;
			end
		end
		10: begin
			if({S6_in[5] ,S6_in[0]} == 2'b00) begin
				S6_out_r = 9;
			end
			else if({S6_in[5] ,S6_in[0]} == 2'b01) begin
				S6_out_r = 5;
			end
			else if({S6_in[5] ,S6_in[0]} == 2'b10) begin
				S6_out_r = 6;
			end
			else begin
				S6_out_r = 0;
			end
		end
		11: begin
			if({S6_in[5] ,S6_in[0]} == 2'b00) begin
				S6_out_r = 7;
			end
			else if({S6_in[5] ,S6_in[0]} == 2'b01) begin
				S6_out_r = 12;
			end
			else if({S6_in[5] ,S6_in[0]} == 2'b10) begin
				S6_out_r = 8;
			end
			else begin
				S6_out_r = 15;
			end
		end
		12: begin
			if({S6_in[5] ,S6_in[0]} == 2'b00) begin
				S6_out_r = 5;
			end
			else if({S6_in[5] ,S6_in[0]} == 2'b01) begin
				S6_out_r = 2;
			end
			else if({S6_in[5] ,S6_in[0]} == 2'b10) begin
				S6_out_r = 0;
			end
			else begin
				S6_out_r = 14;
			end
		end
		13: begin
			if({S6_in[5] ,S6_in[0]} == 2'b00) begin
				S6_out_r = 10;
			end
			else if({S6_in[5] ,S6_in[0]} == 2'b01) begin
				S6_out_r = 15;
			end
			else if({S6_in[5] ,S6_in[0]} == 2'b10) begin
				S6_out_r = 5;
			end
			else begin
				S6_out_r = 2;
			end
		end
		14: begin
			if({S6_in[5] ,S6_in[0]} == 2'b00) begin
				S6_out_r = 6;
			end
			else if({S6_in[5] ,S6_in[0]} == 2'b01) begin
				S6_out_r = 8;
			end
			else if({S6_in[5] ,S6_in[0]} == 2'b10) begin
				S6_out_r = 9;
			end
			else begin
				S6_out_r = 3;
			end
		end
		15: begin
			if({S6_in[5] ,S6_in[0]} == 2'b00) begin
				S6_out_r = 1;
			end
			else if({S6_in[5] ,S6_in[0]} == 2'b01) begin
				S6_out_r = 6;
			end
			else if({S6_in[5] ,S6_in[0]} == 2'b10) begin
				S6_out_r = 2;
			end
			else begin
				S6_out_r = 12;
			end
		end
		default: begin
			S6_out_r = 0;
		end
	endcase
end

always @(*) begin
	case(S7_in[4:1])
		0: begin
			if({S7_in[5] ,S7_in[0]} == 2'b00) begin
				S7_out_r = 13;
			end
			else if({S7_in[5] ,S7_in[0]} == 2'b01) begin
				S7_out_r = 1;
			end
			else if({S7_in[5] ,S7_in[0]} == 2'b10) begin
				S7_out_r = 7;
			end
			else begin
				S7_out_r = 2;
			end
		end
		1: begin
			if({S7_in[5] ,S7_in[0]} == 2'b00) begin
				S7_out_r = 2;
			end
			else if({S7_in[5] ,S7_in[0]} == 2'b01) begin
				S7_out_r = 15;
			end
			else if({S7_in[5] ,S7_in[0]} == 2'b10) begin
				S7_out_r = 11;
			end
			else begin
				S7_out_r = 1;
			end
		end
		2: begin
			if({S7_in[5] ,S7_in[0]} == 2'b00) begin
				S7_out_r = 8;
			end
			else if({S7_in[5] ,S7_in[0]} == 2'b01) begin
				S7_out_r = 13;
			end
			else if({S7_in[5] ,S7_in[0]} == 2'b10) begin
				S7_out_r = 4;
			end
			else begin
				S7_out_r = 14;
			end
		end
		3: begin
			if({S7_in[5] ,S7_in[0]} == 2'b00) begin
				S7_out_r = 4;
			end
			else if({S7_in[5] ,S7_in[0]} == 2'b01) begin
				S7_out_r = 8;
			end
			else if({S7_in[5] ,S7_in[0]} == 2'b10) begin
				S7_out_r = 1;
			end
			else begin
				S7_out_r = 7;
			end
		end
		4: begin
			if({S7_in[5] ,S7_in[0]} == 2'b00) begin
				S7_out_r = 6;
			end
			else if({S7_in[5] ,S7_in[0]} == 2'b01) begin
				S7_out_r = 10;
			end
			else if({S7_in[5] ,S7_in[0]} == 2'b10) begin
				S7_out_r = 9;
			end
			else begin
				S7_out_r = 4;
			end
		end
		5: begin
			if({S7_in[5] ,S7_in[0]} == 2'b00) begin
				S7_out_r = 15;
			end
			else if({S7_in[5] ,S7_in[0]} == 2'b01) begin
				S7_out_r = 3;
			end
			else if({S7_in[5] ,S7_in[0]} == 2'b10) begin
				S7_out_r = 12;
			end
			else begin
				S7_out_r = 10;
			end
		end
		6: begin
			if({S7_in[5] ,S7_in[0]} == 2'b00) begin
				S7_out_r = 11;
			end
			else if({S7_in[5] ,S7_in[0]} == 2'b01) begin
				S7_out_r = 7;
			end
			else if({S7_in[5] ,S7_in[0]} == 2'b10) begin
				S7_out_r = 14;
			end
			else begin
				S7_out_r = 8;
			end
		end
		7: begin
			if({S7_in[5] ,S7_in[0]} == 2'b00) begin
				S7_out_r = 1;
			end
			else if({S7_in[5] ,S7_in[0]} == 2'b01) begin
				S7_out_r = 4;
			end
			else if({S7_in[5] ,S7_in[0]} == 2'b10) begin
				S7_out_r = 2;
			end
			else begin
				S7_out_r = 13;
			end
		end
		8: begin
			if({S7_in[5] ,S7_in[0]} == 2'b00) begin
				S7_out_r = 10;
			end
			else if({S7_in[5] ,S7_in[0]} == 2'b01) begin
				S7_out_r = 12;
			end
			else if({S7_in[5] ,S7_in[0]} == 2'b10) begin
				S7_out_r = 0;
			end
			else begin
				S7_out_r = 15;
			end
		end
		9: begin
			if({S7_in[5] ,S7_in[0]} == 2'b00) begin
				S7_out_r = 9;
			end
			else if({S7_in[5] ,S7_in[0]} == 2'b01) begin
				S7_out_r = 5;
			end
			else if({S7_in[5] ,S7_in[0]} == 2'b10) begin
				S7_out_r = 6;
			end
			else begin
				S7_out_r = 12;
			end
		end
		10: begin
			if({S7_in[5] ,S7_in[0]} == 2'b00) begin
				S7_out_r = 3;
			end
			else if({S7_in[5] ,S7_in[0]} == 2'b01) begin
				S7_out_r = 6;
			end
			else if({S7_in[5] ,S7_in[0]} == 2'b10) begin
				S7_out_r = 10;
			end
			else begin
				S7_out_r = 9;
			end
		end
		11: begin
			if({S7_in[5] ,S7_in[0]} == 2'b00) begin
				S7_out_r = 14;
			end
			else if({S7_in[5] ,S7_in[0]} == 2'b01) begin
				S7_out_r = 11;
			end
			else if({S7_in[5] ,S7_in[0]} == 2'b10) begin
				S7_out_r = 13;
			end
			else begin
				S7_out_r = 0;
			end
		end
		12: begin
			if({S7_in[5] ,S7_in[0]} == 2'b00) begin
				S7_out_r = 5;
			end
			else if({S7_in[5] ,S7_in[0]} == 2'b01) begin
				S7_out_r = 0;
			end
			else if({S7_in[5] ,S7_in[0]} == 2'b10) begin
				S7_out_r = 15;
			end
			else begin
				S7_out_r = 3;
			end
		end
		13: begin
			if({S7_in[5] ,S7_in[0]} == 2'b00) begin
				S7_out_r = 0;
			end
			else if({S7_in[5] ,S7_in[0]} == 2'b01) begin
				S7_out_r = 14;
			end
			else if({S7_in[5] ,S7_in[0]} == 2'b10) begin
				S7_out_r = 3;
			end
			else begin
				S7_out_r = 5;
			end
		end
		14: begin
			if({S7_in[5] ,S7_in[0]} == 2'b00) begin
				S7_out_r = 12;
			end
			else if({S7_in[5] ,S7_in[0]} == 2'b01) begin
				S7_out_r = 9;
			end
			else if({S7_in[5] ,S7_in[0]} == 2'b10) begin
				S7_out_r = 5;
			end
			else begin
				S7_out_r = 6;
			end
		end
		15: begin
			if({S7_in[5] ,S7_in[0]} == 2'b00) begin
				S7_out_r = 7;
			end
			else if({S7_in[5] ,S7_in[0]} == 2'b01) begin
				S7_out_r = 2;
			end
			else if({S7_in[5] ,S7_in[0]} == 2'b10) begin
				S7_out_r = 8;
			end
			else begin
				S7_out_r = 11;
			end
		end
		default: begin
			S7_out_r = 0;
		end
	endcase
end

endmodule